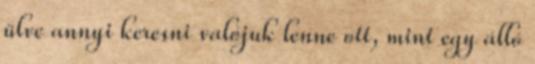
ülve annyi keresni valójuk lenne ott, mint egy álló